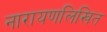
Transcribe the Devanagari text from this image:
नारायणलिखित